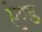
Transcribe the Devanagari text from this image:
एेण्ड